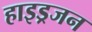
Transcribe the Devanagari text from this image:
हाइड्रजन